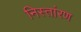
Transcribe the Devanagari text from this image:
निस्तांरण